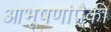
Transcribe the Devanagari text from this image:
आभूषणांपैकी